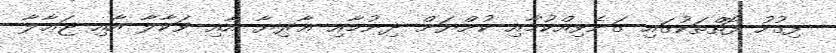
ފިގުހު ފޮތްތަކުގައި ގަނެވިއްކުމާއި ކުށްޔަށް ދިނުމާއި ޢާރިޔާ އާއި ވަކާލާ އާއި ޖަޢާލާ